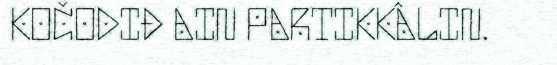
KOČODIĐ AIN PARTIKKÂLIN.